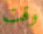
وقت